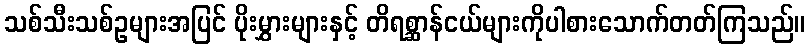
သစ်သီးသစ်ဥများအပြင် ပိုးမွှားများနှင့် တိရစ္ဆာန်ငယ်များကိုပါစားသောက်တတ်ကြသည်။